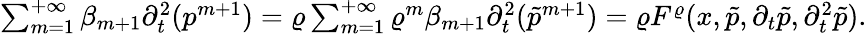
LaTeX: \begin{array}{r}{\sum_{m=1}^{+\infty}\beta_{m+1}\partial_{t}^{2}(p^{m+1})=\varrho\sum_{m=1}^{+\infty}\varrho^{m}\beta_{m+1}\partial_{t}^{2}(\tilde{p}^{m+1})=\varrho F^{\varrho}(x,\tilde{p},\partial_{t}\tilde{p},\partial_{t}^{2}\tilde{p}).}\end{array}